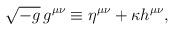
LaTeX: \begin{align*} \sqrt{-g}\,g^{\mu\nu} \equiv \eta^{\mu\nu} + \kappa h^{\mu\nu},\end{align*}